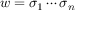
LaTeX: w = \sigma _ { 1 } \cdots \sigma _ { n }